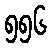
၅၅၆